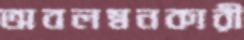
অবলম্বনকারী